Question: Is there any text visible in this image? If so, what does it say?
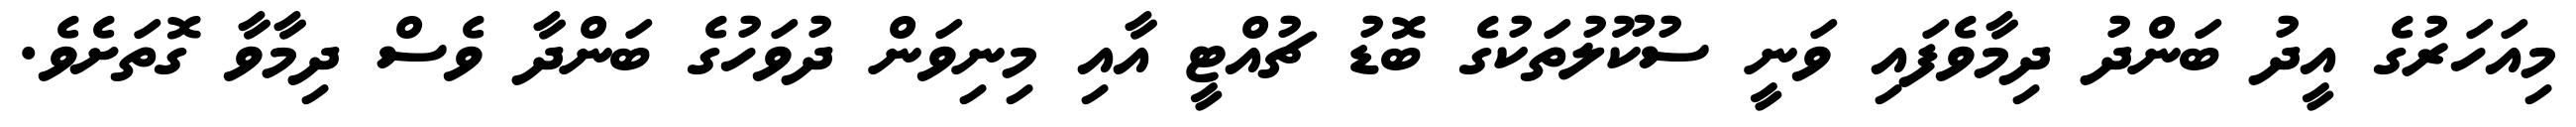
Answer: މިއަހަރުގެ އީދު ބަންދު ދިމާވެފައި ވަނީ ސުކޫލުތަކުގެ ބޮޑު ޗުއްޓީ އާއި މިނިވަން ދުވަހުގެ ބަންދާ ވެސް ދިމާވާ ގޮތަށެވެ.